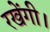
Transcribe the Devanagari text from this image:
रखेंगी।